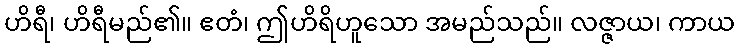
ဟိရီ၊ ဟိရီမည်၏။ ဧတံ၊ ဤဟိရိဟူသော အမည်သည်။ လဇ္ဇာယ၊ ကာယ